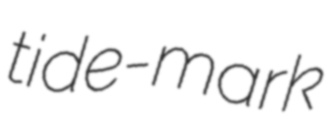
tide-mark